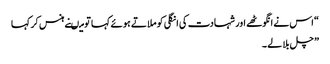
“ اس نے انگوٹھے اور شہادت کی انگلی کو ملاتے ہوئے کہا تو میںنے ہنس کر کہا
” چل بلا لے ۔